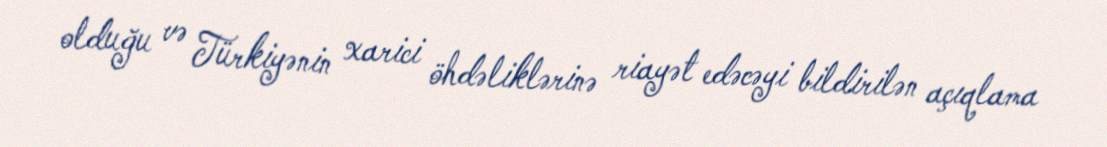
olduğu və Türkiyənin xarici öhdəliklərinə riayət edəcəyi bildirilən açıqlama